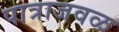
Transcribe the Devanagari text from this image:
पात्राजवळ